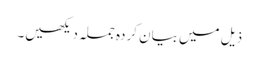
ذیل میں بیان کردہ جملہ دیکھیں۔